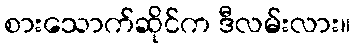
စားသောက်ဆိုင်က ဒီလမ်းလား။